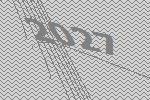
2027